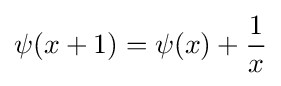
\psi (x+1)=\psi (x)+{\frac {1}{x}}